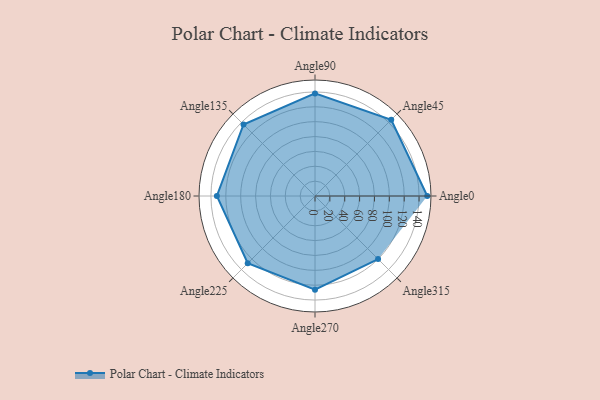
{"axis": {"x": "Angle", "y": "Radius"}, "legend": [""], "data": [{"x": "Angle0", "y": 151.0, "type": ""}, {"x": "Angle45", "y": 145.0, "type": ""}, {"x": "Angle90", "y": 138.0, "type": ""}, {"x": "Angle135", "y": 136.0, "type": ""}, {"x": "Angle180", "y": 132.0, "type": ""}, {"x": "Angle225", "y": 128.0, "type": ""}, {"x": "Angle270", "y": 126.0, "type": ""}, {"x": "Angle315", "y": 120.0, "type": ""}]}